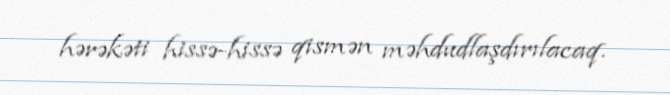
hərəkəti hissə-hissə qismən məhdudlaşdırılacaq.